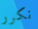
نكرر